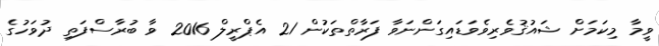
ވީމާ މިކަމަށް ޝައުޤުވެރިވެވަޑައިގަންނަވާ ފަރާތްތަކުން 21 އެޕްރީލް 2016 ވާ ބުރާސްފަތި ދުވަހުގެ